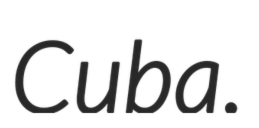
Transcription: Cuba.